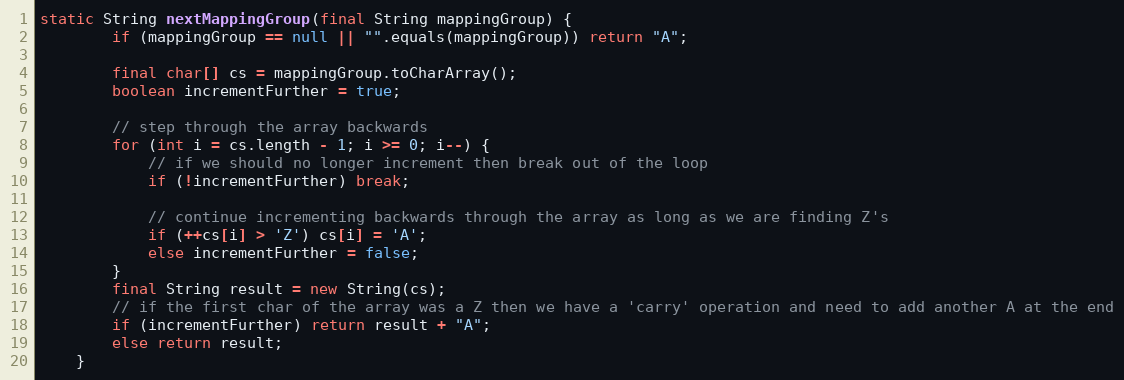
Language: Java
static String nextMappingGroup(final String mappingGroup) {
        if (mappingGroup == null || "".equals(mappingGroup)) return "A";

        final char[] cs = mappingGroup.toCharArray();
        boolean incrementFurther = true;

        // step through the array backwards
        for (int i = cs.length - 1; i >= 0; i--) {
            // if we should no longer increment then break out of the loop
            if (!incrementFurther) break;

            // continue incrementing backwards through the array as long as we are finding Z's
            if (++cs[i] > 'Z') cs[i] = 'A';
            else incrementFurther = false;
        }
        final String result = new String(cs);
        // if the first char of the array was a Z then we have a 'carry' operation and need to add another A at the end
        if (incrementFurther) return result + "A";
        else return result;
    }